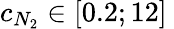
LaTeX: c_{N_{2}}\in{}[0.2;12]\